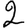
Digit: 2